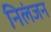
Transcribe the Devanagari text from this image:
निलंजन